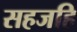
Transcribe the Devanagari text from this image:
सहजहि